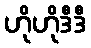
ဟိုဟိုဒီဒီ